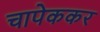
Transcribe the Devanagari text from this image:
चापेककर